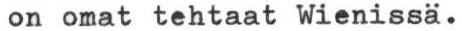
on omat tehtaat Wienissä.